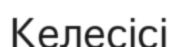
Келесісі